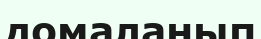
домаланып